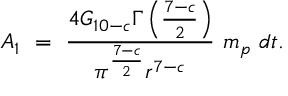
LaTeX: A _ { 1 } ~ = ~ \frac { 4 G _ { 1 0 - c } \Gamma \left( \frac { 7 - c } { 2 } \right) } { \pi ^ { \frac { 7 - c } { 2 } } r ^ { 7 - c } } ~ m _ { p } ~ d t .